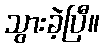
သွားခဲ့ပြီ။